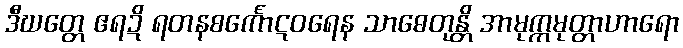
ဒီဃတ္တေ ဧရဍိ ရတနစင်္ကောဋဝရေန သာဓေတုန္တိ အာမုက္ကမုတ္တာဟာရော